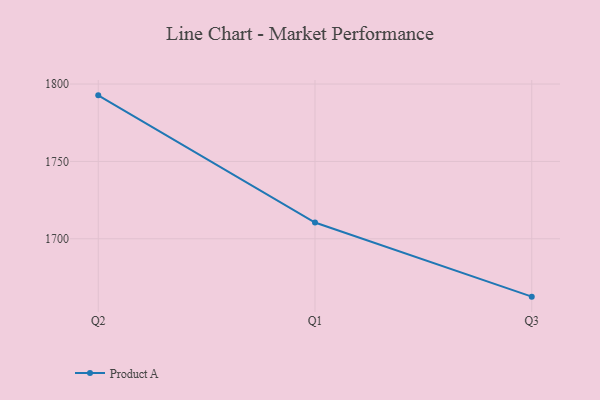
{"axis": {"x": "Quarter", "y": "Website Visitors"}, "legend": ["Product A"], "data": [{"x": "Q2", "y": 1792.7, "type": "Product A"}, {"x": "Q1", "y": 1710.5, "type": "Product A"}, {"x": "Q3", "y": 1662.6, "type": "Product A"}]}